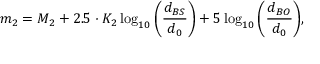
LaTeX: m _ { 2 } = M _ { 2 } + 2 . 5 \cdot K _ { 2 } \log _ { 1 0 } { \left( { \frac { d _ { B S } } { d _ { 0 } } } \right) } + 5 \log _ { 1 0 } { \left( { \frac { d _ { B O } } { d _ { 0 } } } \right) } ,